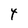
Character: 4